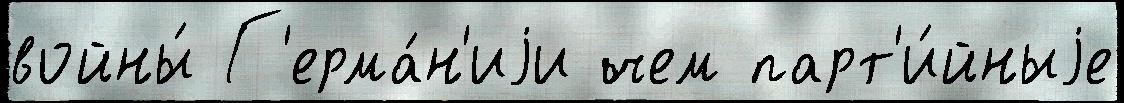
войны́ Г'ерма́н'иjи чем парт'и́йныjе